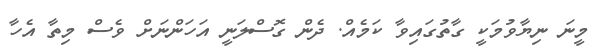
މީނަ ނިޔާވުމަކީ ގާތުގައިވާ ކަމެއް. ދެން ގޮސްލަނީ އަހަންނަށް ވެސް މިތާ އެހާ